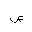
Letter: _sad